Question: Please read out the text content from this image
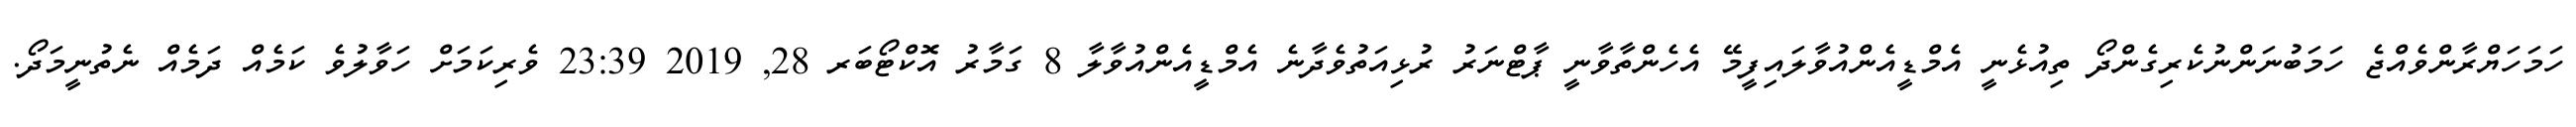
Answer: ހަމަހަޔްރާންވެއްޖެ ހަމަބުނަންނުކެރިގެންދޯ ތިއުޅެނީ އެމްޑީއެންއުވާލައިފީމޭ އެހެންތާވާނީ ޕާޓްނަރު ރުޅިއަތުވެދާނެ އެމްޑީއެންއުވާލާ 8 ގަމާރު އޮކްޓޯބަރ 28, 2019 23:39 ވެރިކަމަށް ހަވާލުވެ ކަމެއް ދަމެއް ނެތުނީމަދޯ.